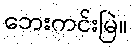
ဘေးကင်းမြဲ။